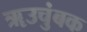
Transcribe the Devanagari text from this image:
ॠउचुंबक